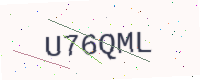
Text: U76QML